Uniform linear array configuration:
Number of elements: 64
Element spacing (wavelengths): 0.75
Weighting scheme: blackman
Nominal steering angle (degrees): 0
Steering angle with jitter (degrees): -1.585
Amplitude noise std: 0.05
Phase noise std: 0.05

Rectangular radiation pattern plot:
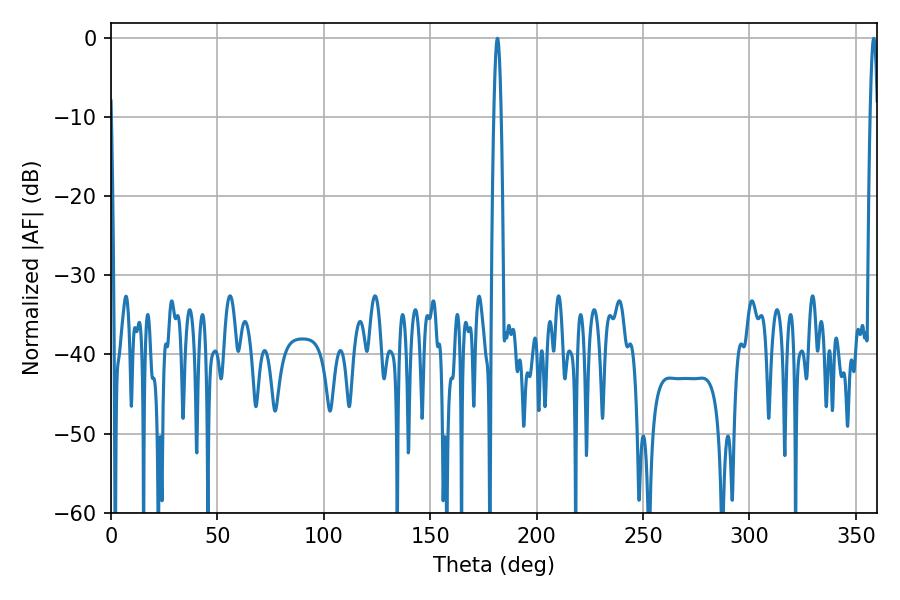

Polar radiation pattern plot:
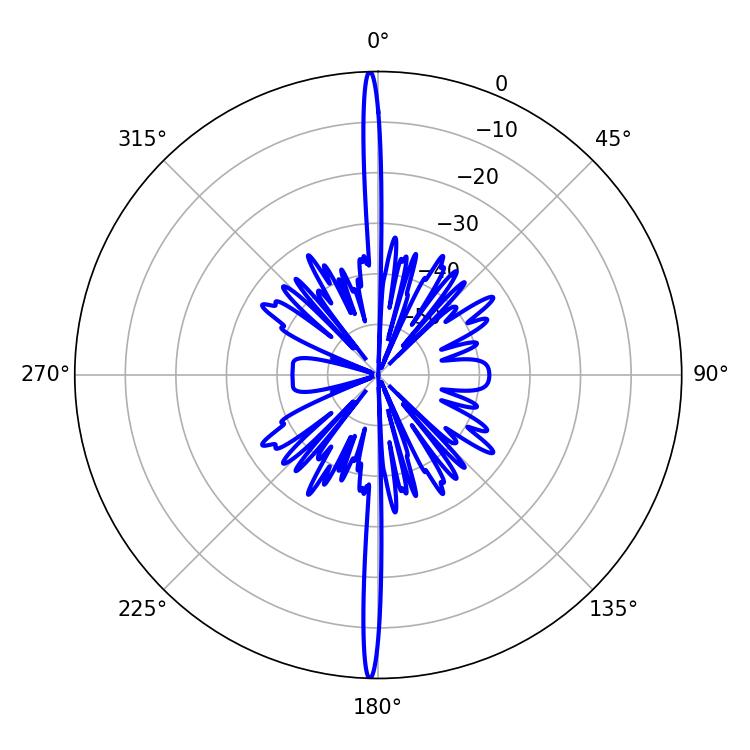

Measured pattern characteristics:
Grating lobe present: TRUE
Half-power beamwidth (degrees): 1.8
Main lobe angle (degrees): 181.62